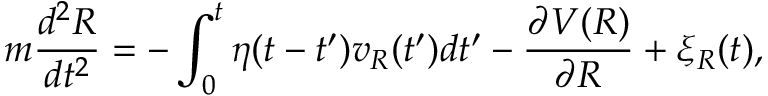
m \frac { d ^ { 2 } R } { d t ^ { 2 } } = - \int _ { 0 } ^ { t } \eta ( t - t ^ { \prime } ) v _ { R } ( t ^ { \prime } ) d t ^ { \prime } - \frac { \partial V ( R ) } { \partial R } + \xi _ { R } ( t ) ,